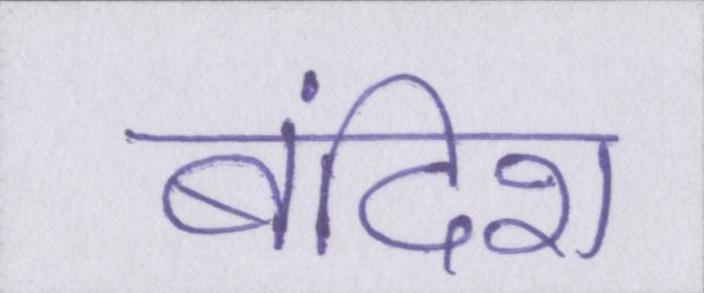
बंदिश